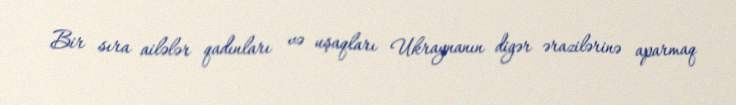
Bir sıra ailələr qadınları və uşaqları Ukraynanın digər ərazilərinə aparmaq